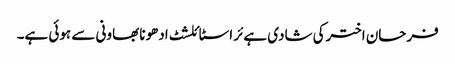
فرحان اخترکی شادی ہےئر اسٹائلشٹ ادھونا بھاونی سے ہوئی ہے۔